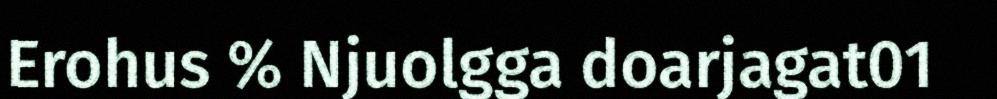
Erohus % Njuolgga doarjagat01